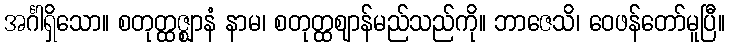
အင်္ဂါရှိသော။ စတုတ္ထဇ္ဈာနံ နာမ၊ စတုတ္ထဈာန်မည်သည်ကို။ ဘာဇေသိ၊ ဝေဖန်တော်မူပြီ။